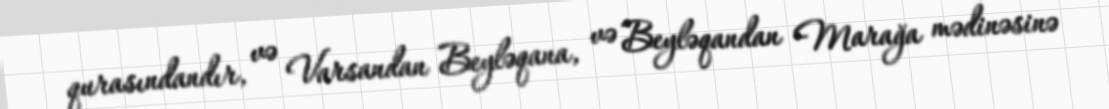
qurasındandır, və Varsandan Beyləqana, və Beyləqandan Marağa mədinəsinə